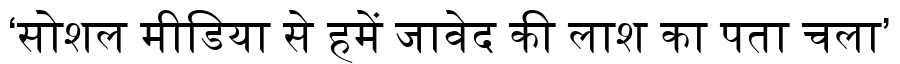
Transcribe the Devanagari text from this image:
‘सोशल मीडिया से हमें जावेद की लाश का पता चला’